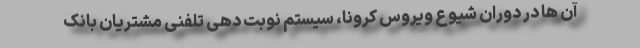
آن ها در دوران شیوع ویروس کرونا، سیستم نوبت دهی تلفنی مشتریان بانک